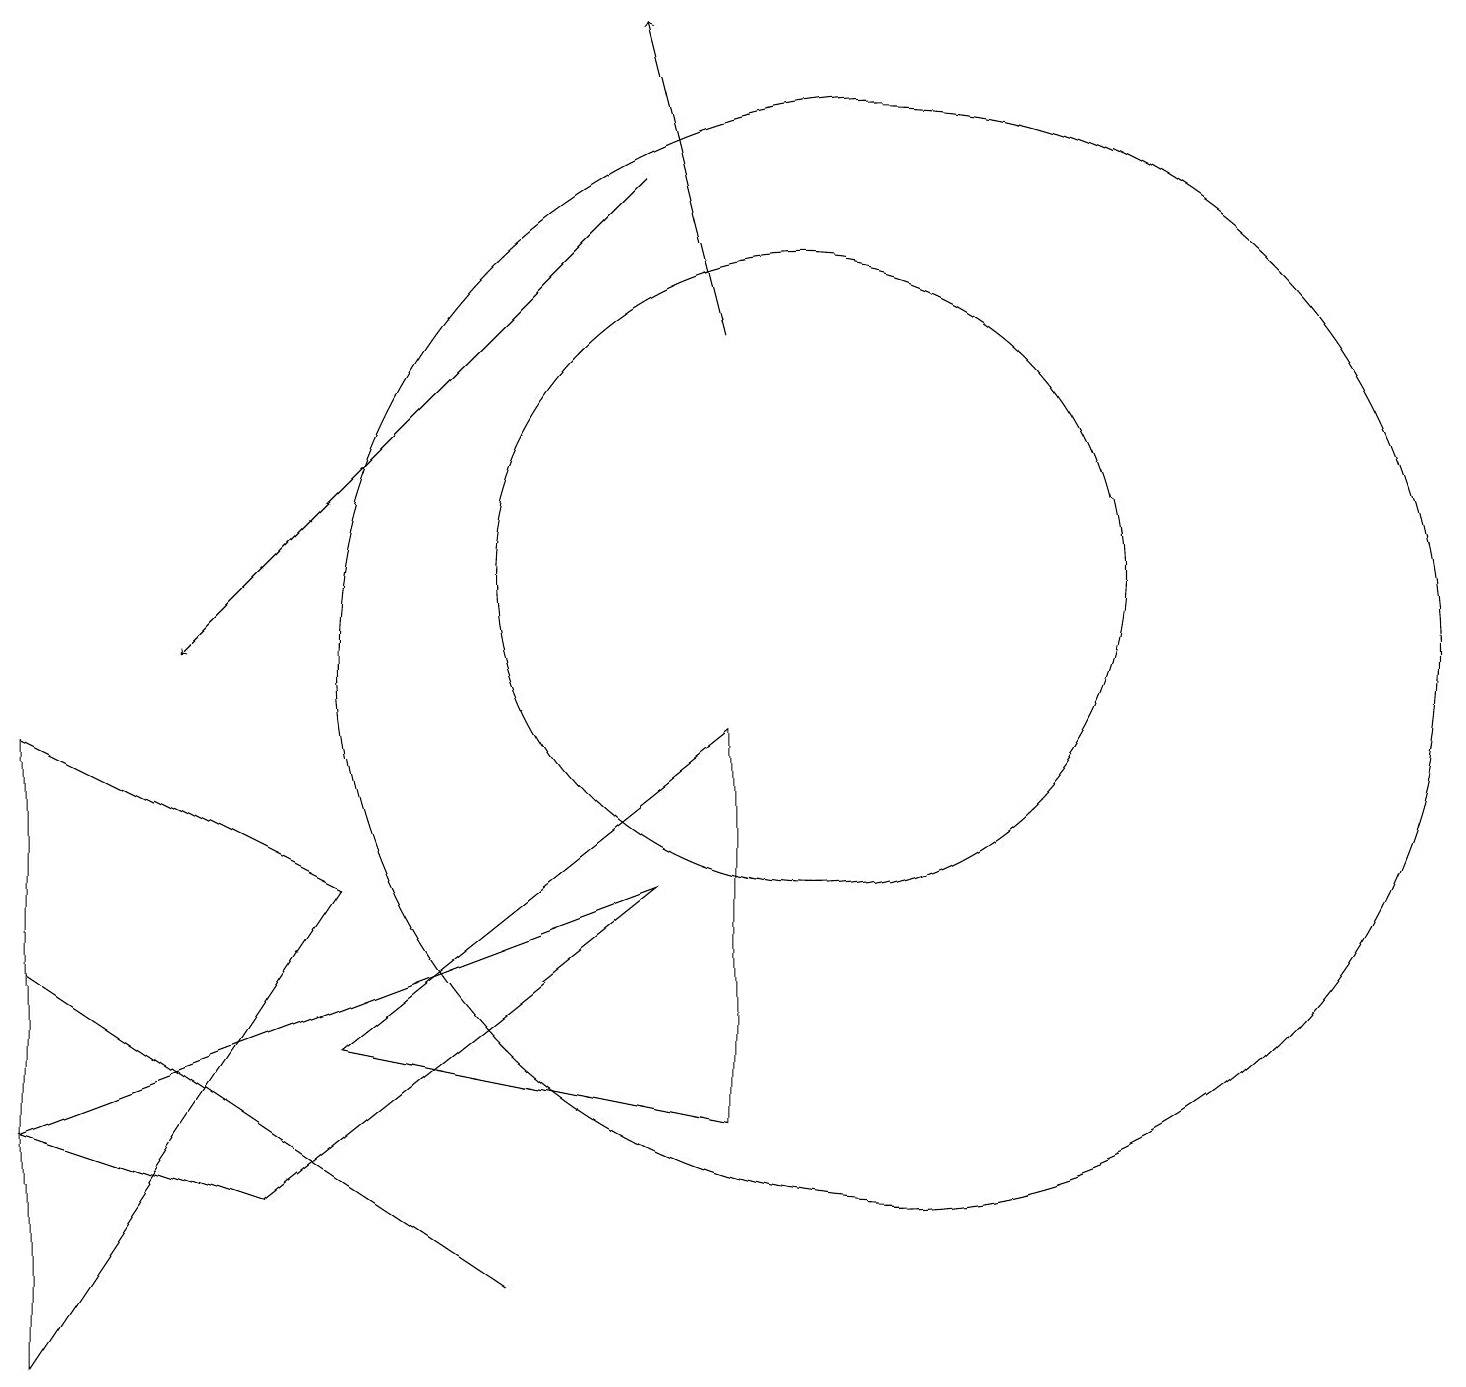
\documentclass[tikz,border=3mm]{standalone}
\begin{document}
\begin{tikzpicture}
\draw (11,10) circle (7);
\draw (10,11) circle (4);
\draw (3,3) -- (8,7) -- (0,4) -- cycle;
\draw (0,9) -- (0,1) -- (4,7) -- cycle;
\draw (4,5) -- (9,9) -- (9,4) -- cycle;
\draw (6,2) -- (0,6) -- (3,4) -- cycle;
\draw[->] (8,16) -- (2,10);
\draw[->] (9,14) -- (8,18);
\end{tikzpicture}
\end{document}